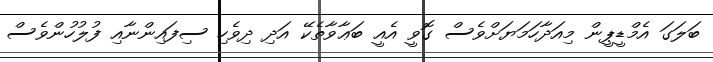
ބަލަގަ އެމްޑީޕީން މިއަދާހަމަޔަށްވެސް ގޮވީ އެއީ ބަޢާވާތެކޭ އަދި ދިވެހި ސިފައިންނާއި ފުލުހުންވެސް